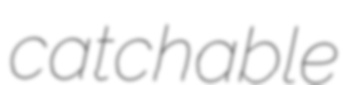
catchable